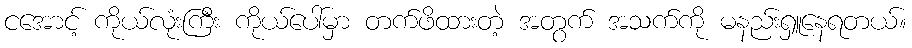
ငအောင့် ကိုယ်လုံးကြီး ကိုယ်ပေါ်မှာ တက်ဖိထားတဲ့ အတွက် အသက်ကို မနည်းရှူနေရတယ်။